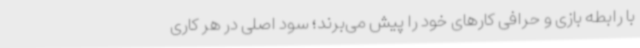
با رابطه بازی و حرافی کارهای خود را پیش می‌برند؛ سود اصلی در هر کاری